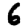
Digit: 6